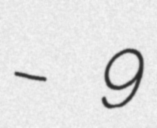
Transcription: – 9